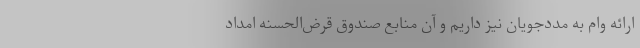
ارائه وام به مددجویان نیز داریم و آن منابع صندوق قرض‌الحسنه امداد